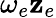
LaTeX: \omega_{e}\mathbf{z}_{e}